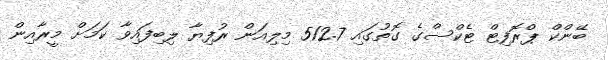
ބޭންކް ޕްރޮފިޓް ޓެކްސްގެ ގޮތުގައި 512.7 މިލިއަން ރުފިޔާ ލިބިފައިވާ ކަމަށް މީރާއިން